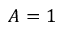
A = 1